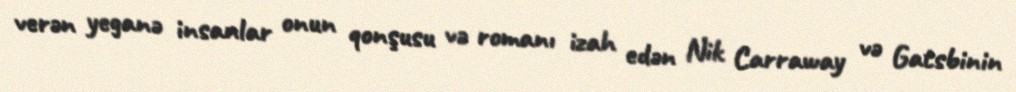
verən yeganə insanlar onun qonşusu və romanı izah edən Nik Carraway və Gatsbinin